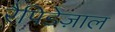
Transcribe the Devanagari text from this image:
रैपिडेज़ाल